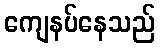
ကျေနပ်နေသည်